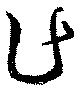
乍